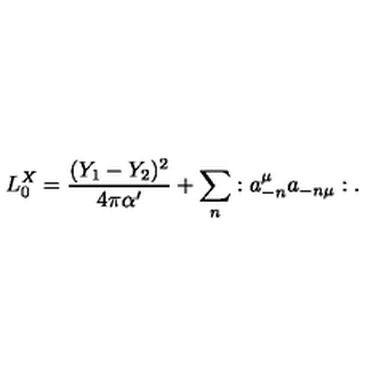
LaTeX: L _ { 0 } ^ { X } = { \frac { ( Y _ { 1 } - Y _ { 2 } ) ^ { 2 } } { 4 \pi \alpha ^ { \prime } } } + \sum _ { n } : a _ { - n } ^ { \mu } a _ { - n \mu } : .